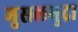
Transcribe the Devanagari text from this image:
मुसलमुद्रा